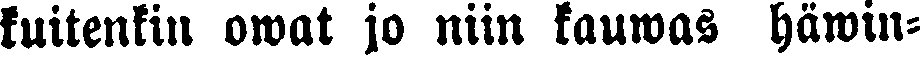
kuitenkin owat jo niin kauwas häwin-